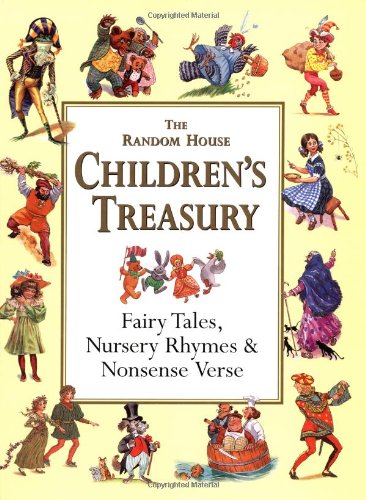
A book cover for The Random House Children's Treasury: Fairy Tales, Nursery Rhymes & Nonsense Verse; Alice Mills; Children's Books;